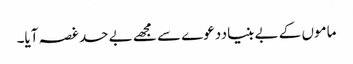
ماموں کے بے بنیاددعوے سے مجھے بے حد غصہ آیا۔